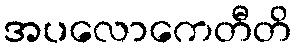
အပလောကေတီတိ